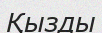
Қызды